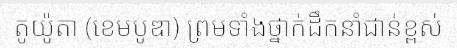
តូយ៉ូតា (ខេមបូឌា) ព្រមទាំងថ្នាក់ដឹកនាំជាន់ខ្ពស់